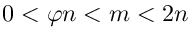
\ 0 < \varphi n < m < 2 n